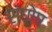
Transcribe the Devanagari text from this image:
संघोष